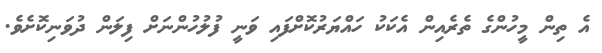
އެ ތިން މީހުންގެ ތެރެއިން އެކަކު ހައްޔަރުކޮށްފައި ވަނީ ފުލުހުންނަށް ފިލަން ދުވަނިކޮށެވެ.